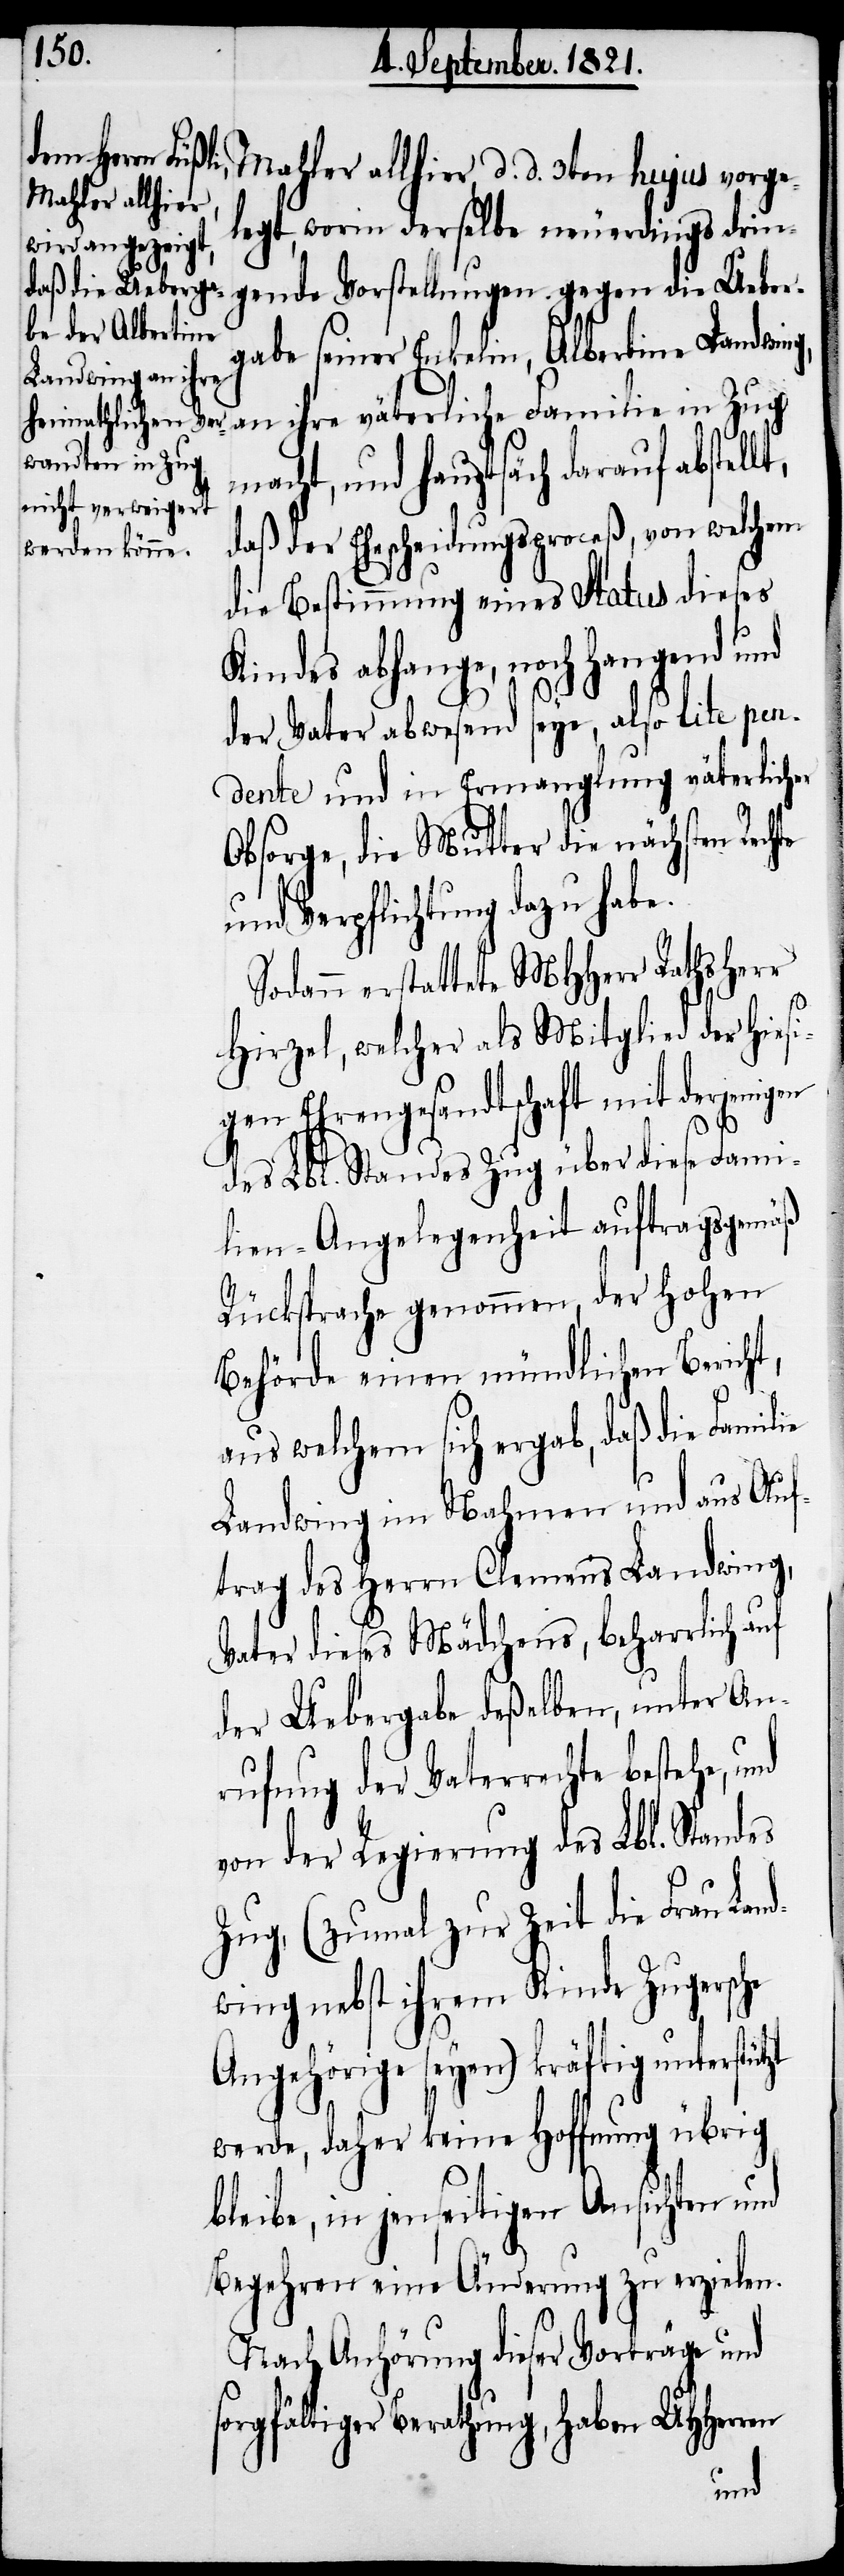
Mahler allhier, d. d. 3ten hujus vorge¬
legt, worin derselbe neuerdings drin¬
gende Vorstellungen gegen die Ueber¬
gabe seiner Enkelin, Albertine Landwing,
an ihre väterliche Familie in Zug
macht, und hauptsächlich darauf
daß der Ehescheidungsproceß, von welchem
die Bestimmung eines Status dieses
Kindes abhange, noch hangend und
der Vater abwesend seye, also lite pen¬
dente und in Ermangelung väterlicher
Obsorge, die Mutter die nächsten Rech¬
und Verpflichtungen dazu habe.
Sodann erstattete MHHerr Rathsherr
zt
Hirzel, welcher als Mitglied der hiesi¬
gen Ehrengesandtschaft mit derjenigen
des Lbl. Standes Zug über diese Fami¬
lien-Angelegenheit auftragsgemäß
Rücksprache genommen, der hohen
Behörde einen mündlichen Bericht,
aus welchem sich ergab, daß die Familie
Landwing im Nahmen und aus Auf¬
trag des Herrn Clemens Landwing,
Vater dieses Mädchens, beharrlich auf
der Uebergabe deßelben, unter An¬
rufung der Vaterrechte bestehe,
von der Regierung des Lbl. Standes
Zug, (zumal zur Zeit die Frau Lan¬
dwing nebst ihrem Kinde Zugersche
Angehörige seyen) kräftig unterstüt¬
werde, daher keine Hoffnung übrig
bleibe, in jenseitigen Ansichten und
Begehren eine Änderung zu erzielen.
Nach Anhörung dieser Vorträge und
sorgfältiger Berathung, haben UHHerr¬
en